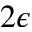
2 \epsilon